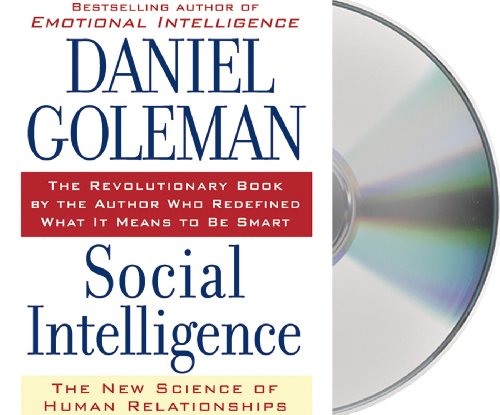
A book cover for Social Intelligence: The New Science of Human Relationships; Daniel Goleman; Self-Help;